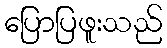
ပြောပြဖူးသည်